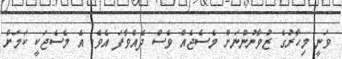
ވަނީ މިހާރުގެ ޒުވާނުންނަށް މެސެޖެއް ވެސް ދެއްވާފަ އެވެ. އެ މެސެޖަކީ ކަމަށް